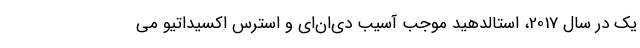
یک در سال 2017، استالدهید موجب آسیب دی‌ان‌ای و استرس اکسیداتیو می